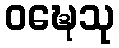
ဝဍ္ဎေသု